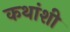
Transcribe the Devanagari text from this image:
कथांशी